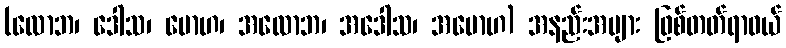
(လောဘ၊ ဒေါသ၊ မောဟ၊ အလောဘ၊ အဒေါသ၊ အမောဟ) အနည်းအများ ဖြစ်တတ်ရာဝယ်